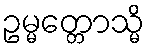
ဥမ္မတ္တောသ္မိ